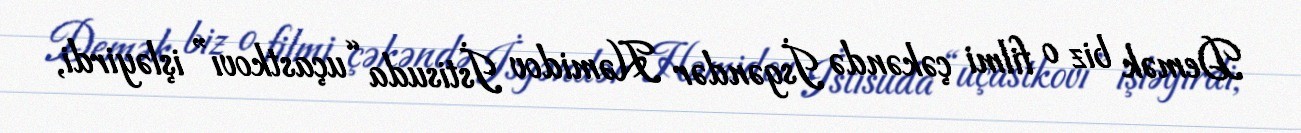
Demək biz o filmi çəkəndə İsgəndər Həmidov İstisuda “uçastkovı” işləyirdi,